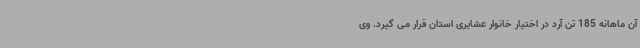
آن ماهانه 185 تن آرد در اختیار خانوار عشایری استان قرار می گیرد. وی